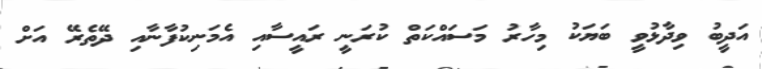
އަދީބު ވިދާޅުވީ ބަޔަކު މިހާރު މަސައްކަތް ކުރަނީ ރައީސާއި އެމަނިކުފާނާއި ދޭތެރޭ އަށް